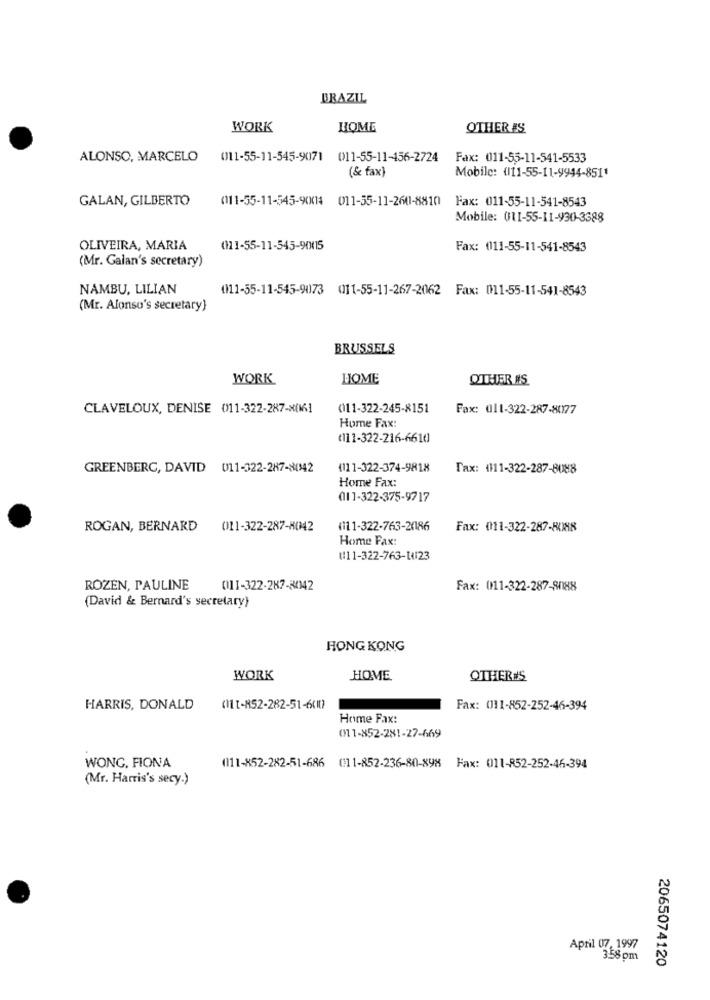
BRAZIL
WORK
HOME
OTHER ES
ALONSO, MARCELO (11-55-11-545-9071 011-55-11-456-2724
Fax: 011-55-11-541-5533
(& fax)
Mobile: (111-55-11-9944-8511
GALAN, GILBERTO
(111-55-11-545-90014 011-55-11-2601-8810 Fax: 011-55-11-541-8543
Mobile: 011-55-11-930-3388
OLIVEIRA, MARIA
0111-55-11-545-90015
Fax: 0011-55-11-541-8543
(Mr. Galan's secretary)
NAMBU, LILIAN
(11-55-11-545-9073 011-55-11-267-2062 Fax: 011-55-11-541-8543
(Mr. Alonso's secretary)
BRUSSELS
WORK
LOME
OTHER #S
CLAVELOUX, DENISE 0111-322-287-x(161
0111-322-245-8151
Fax: 011-322-287-80177
Home Fax:
(111-322-216-6610
GREENBERG, DAVID 011-322-287-80142
(111-322-374-9818
Fax: (111-322-287-8088
Home Fax:
011 ]-322-375-9717
ROGAN, BERNARD
011-322-287-HC42
(111-322-763-20186
Fax: 0011-322-287-ROHR
Home Fax:
(11-322-763-Li23
ROZEN, PAULINE
011-322-287-3142
Fax: 011-322-287-8088
(David & Bernard's secretary)
HONG KONG
WORK
HOME
OTHER#S
HARRIS, DONALD
(111-852-282-51-60107
Fax: 0111-852-252-46-394
Home Fax:
011-852-281-27-669
WONG, FIONA
(111-852-282-51-686 (11-852-236-80-898 Fax: 011-852-252-46-394
(Mr. Harris's secy.)
April 07, 1997
3.58 pm
2065074120